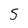
Character: 5